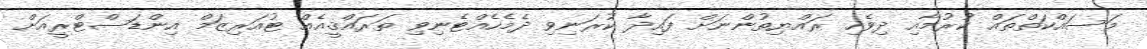
މަސައްކަތްތައް ކުރުމާއި ދިވެހި ރައްޔިތުންނަށް ފައިދާ ކުރަނިވި ދެމެހެއްޓެނިވި ތަރައްޤީއެއް ޓުއަރިޒަމް އިންޑަސްޓްރީއަށް